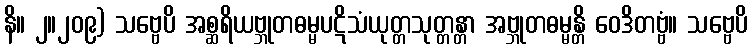
နိ။ ၂။၂၀၉) သဗ္ဗေပိ အစ္ဆရိယဗ္ဘုတဓမ္မပဋိသံယုတ္တသုတ္တန္တာ အဗ္ဘုတဓမ္မန္တိ ဝေဒိတဗ္ဗံ။ သဗ္ဗေပိ